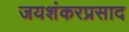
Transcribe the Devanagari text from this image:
जयशंकरप्रसाद